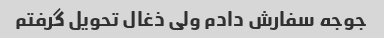
جوجه سفارش دادم ولی ذغال تحویل گرفتم